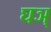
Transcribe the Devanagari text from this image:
घञ्‌